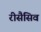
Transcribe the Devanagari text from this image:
रीसैसिव